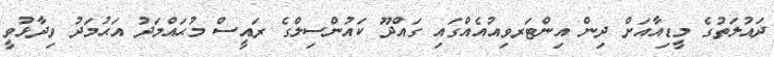
ދައުލަތުގެ މީޑިއާއަށް ދިން އިންޓަރވިއުއެއްގައި ގައްދޫ ކައުންސިލްގެ ރައީސް މުޙައްމަދު އަޙުމަދު ވިދާޅުވީ